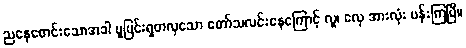
ညနေစောင်းသောအခါ ပူပြင်းရှတလှသော တော်သလင်းနေကြောင့် လူ၊ လှေ အားလုံး ပန်းကြပြီ။